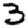
Digit: 3